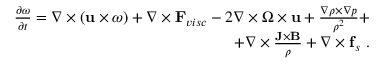
\begin{array} { r } { \frac { \partial \boldsymbol { \omega } } { \partial t } = \boldsymbol { \nabla } \times ( \mathbf { u } \times \boldsymbol { \omega } ) + \nabla \times \mathbf { F } _ { v i s c } - 2 \nabla \times \boldsymbol { \Omega } \times \mathbf { u } + \frac { \nabla \rho \times \nabla p } { \rho ^ { 2 } } + } \\ { + \nabla \times \frac { \mathbf { J } \times \mathbf { B } } { \rho } + \nabla \times \mathbf { f } _ { s } ~ . } \end{array}